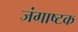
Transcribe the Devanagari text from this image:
जंगाष्टक